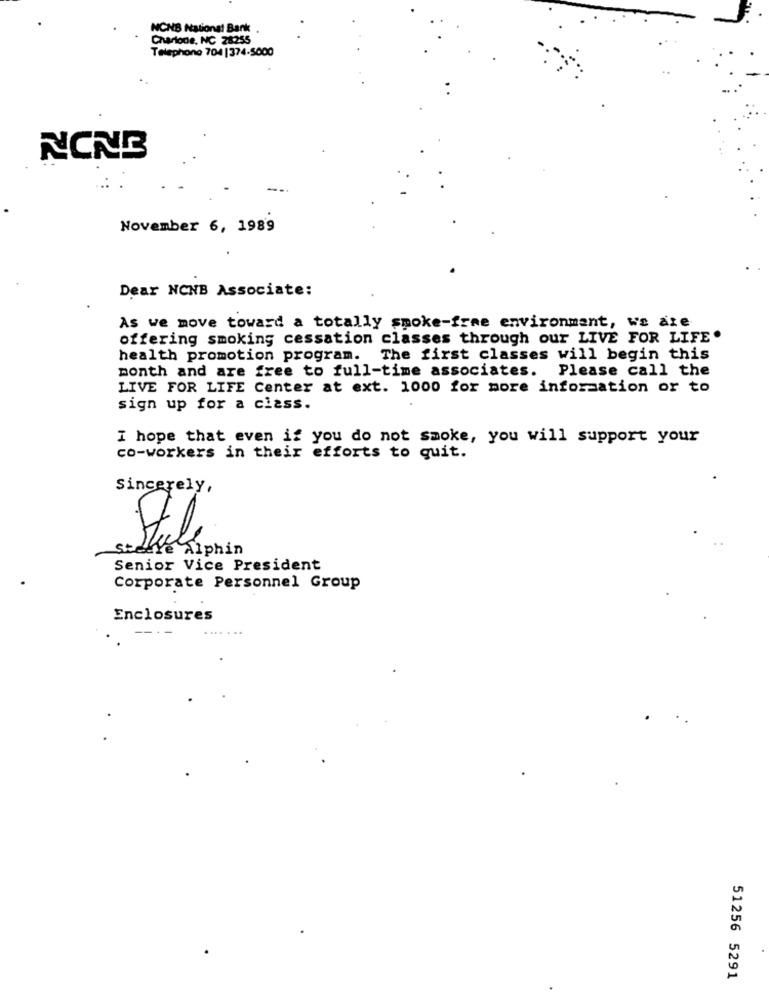
NCNB National Bank
Charlode, NC 28255
Telephone 704 |374-5000
U
NONE
November 6, 1989
Dear NCNB Associate:
As we move toward a totally smoke-free environment, we are
offering smoking cessation classes through our LIVE FOR LIFE.
health promotion program. The first classes will begin this
month and are free to full-time associates. Please call the
LIVE FOR LIFE Center at ext. 1000 for more information or to
sign up for a class.
I hope that even if you do not smoke, you will support your
co-workers in their efforts to quit.
Sincerely,
steke Liphin
Senior Vice President
Corporate Personnel Group
Enclosures
51256 5291